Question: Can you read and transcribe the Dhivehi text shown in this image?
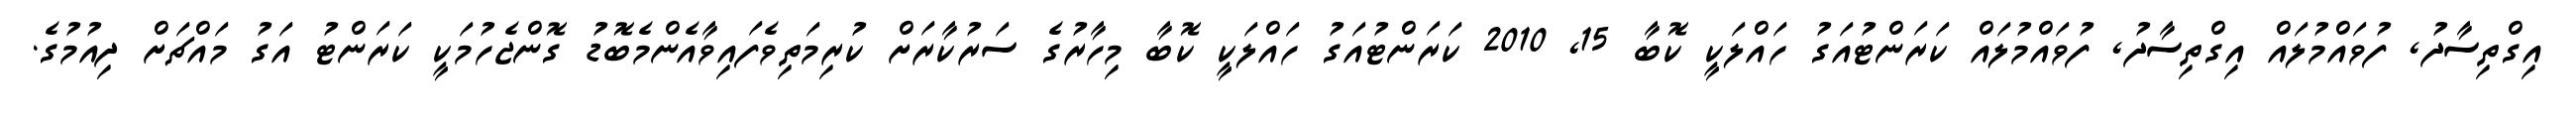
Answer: އިގްތިސާދު, ފުވައްމުލައް އިގްތިސާދު, ފުވައްމުލައް ކަރަންޓުއަގު ހައްލަކީ ކޮބާ 15, 2010 ކަރަންޓުއަގު ހައްލަކީ ކޮބާ މިހާރުގެ ސަރުކާރަށް ކުރިމަތިވެފައިވާއެންމެބޮޑު ގޮންޖެހުމަކީ ކަރަންޓު އަގު މައްޗަށް ދިއުމުގެ.